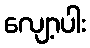
လျော့ပါး